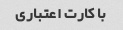
با کارت اعتباری